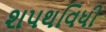
શપથવિધી